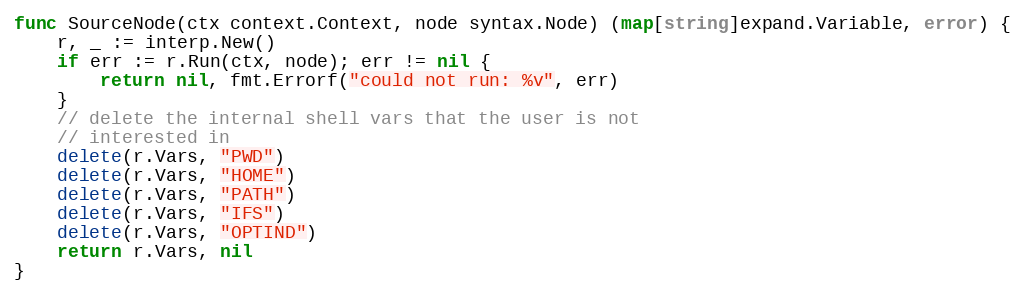
Language: Go
func SourceNode(ctx context.Context, node syntax.Node) (map[string]expand.Variable, error) {
	r, _ := interp.New()
	if err := r.Run(ctx, node); err != nil {
		return nil, fmt.Errorf("could not run: %v", err)
	}
	// delete the internal shell vars that the user is not
	// interested in
	delete(r.Vars, "PWD")
	delete(r.Vars, "HOME")
	delete(r.Vars, "PATH")
	delete(r.Vars, "IFS")
	delete(r.Vars, "OPTIND")
	return r.Vars, nil
}